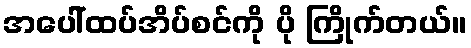
အပေါ်ထပ်အိပ်စင်ကို ပို ကြိုက်တယ်။